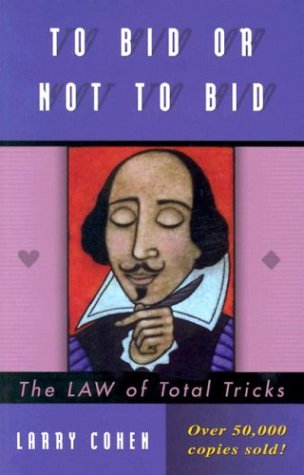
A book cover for To Bid or Not to Bid: The Law of Total Tricks; Larry Cohen; Humor & Entertainment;